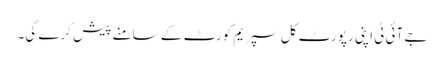
جے آئی ٹی اپنی رپورٹ کل سپریم کورٹ کے سامنے پیش کرے گی۔